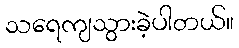
သရေကျသွားခဲ့ပါတယ်။